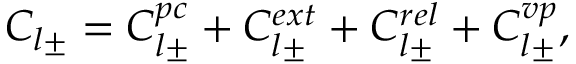
C _ { l \pm } = C _ { l \pm } ^ { p c } + C _ { l \pm } ^ { e x t } + C _ { l \pm } ^ { r e l } + C _ { l \pm } ^ { v p } ,